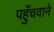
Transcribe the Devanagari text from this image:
पहुँचवाने